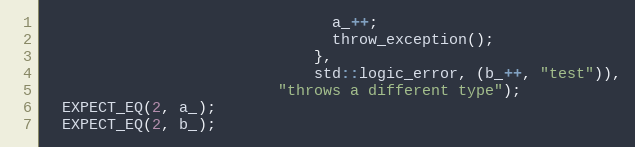
Language: C++
                                a_++;
                                throw_exception();
                              },
                              std::logic_error, (b_++, "test")),
                          "throws a different type");
  EXPECT_EQ(2, a_);
  EXPECT_EQ(2, b_);